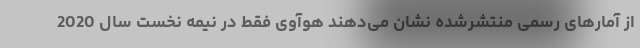
از آمارهای رسمی منتشرشده نشان می‌دهند هوآوی فقط در نیمه نخست سال 2020